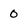
Character: 0